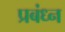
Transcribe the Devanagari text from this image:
प्रबंध्न